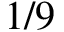
1 / 9